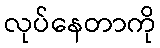
လုပ်နေတာကို